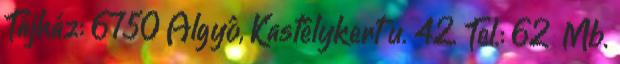
Tájház: 6750 Algyô, Kastélykert u. 42. Tel.: 62 Mb.